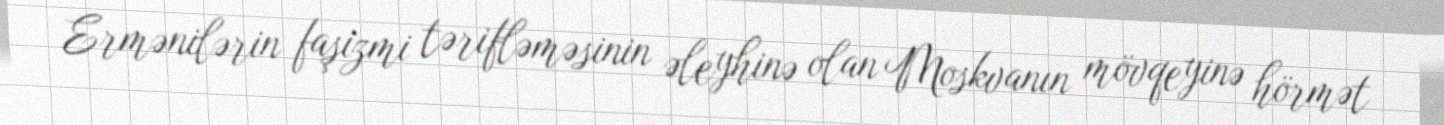
Ermənilərin faşizmi tərifləməsinin əleyhinə olan Moskvanın mövqeyinə hörmət